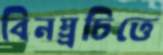
বিনম্র্রচিত্তে